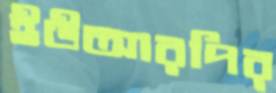
ইউআরপির